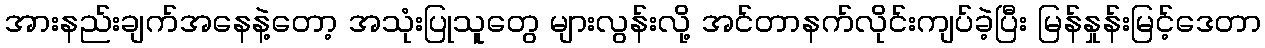
အားနည်းချက်အနေနဲ့တော့ အသုံးပြုသူတွေ များလွန်းလို့ အင်တာနက်လိုင်းကျပ်ခဲ့ပြီး မြန်နှုန်းမြင့်ဒေတာ